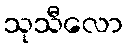
သုသီလော